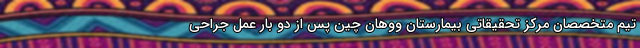
تیم متخصصان مرکز تحقیقاتی بیمارستان ووهان چین پس از دو بار عمل جراحی